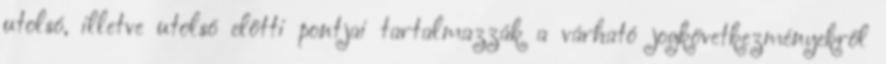
utolsó, illetve utolsó előtti pontjai tartalmazzák a várható jogkövetkezményekről